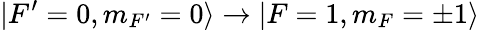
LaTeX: |F^{\prime}=0,m_{F^{\prime}}=0\rangle\rightarrow|F=1,m_{F}=\pm 1\rangle